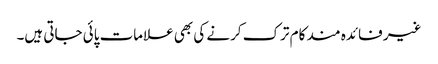
غیر فائدہ مند کام ترک کرنے کی بھی علامات پائی جاتی ہیں۔